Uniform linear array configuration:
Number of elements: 16
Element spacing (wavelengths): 0.5
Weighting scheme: uniform
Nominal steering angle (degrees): -60
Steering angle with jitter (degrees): -58.677
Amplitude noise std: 0.05
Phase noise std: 0.05

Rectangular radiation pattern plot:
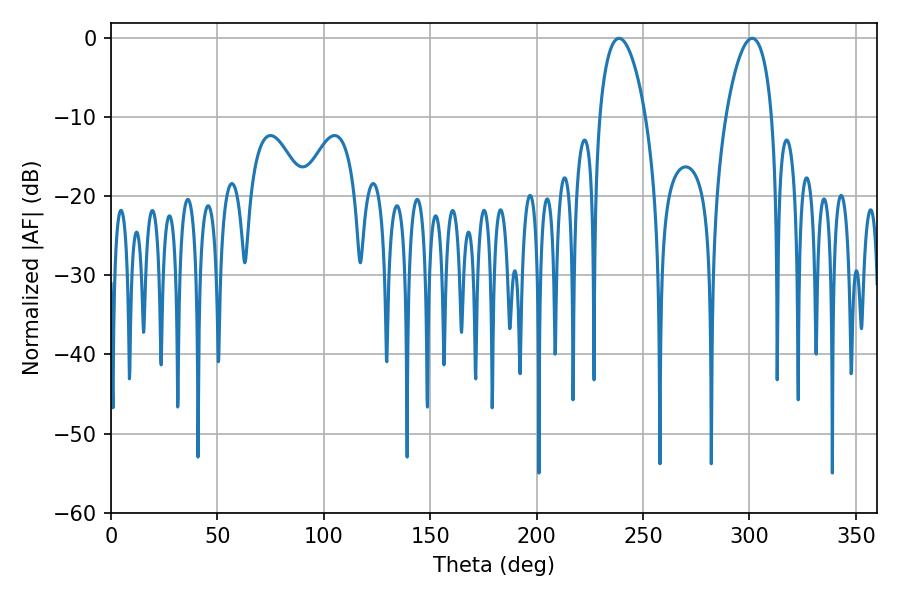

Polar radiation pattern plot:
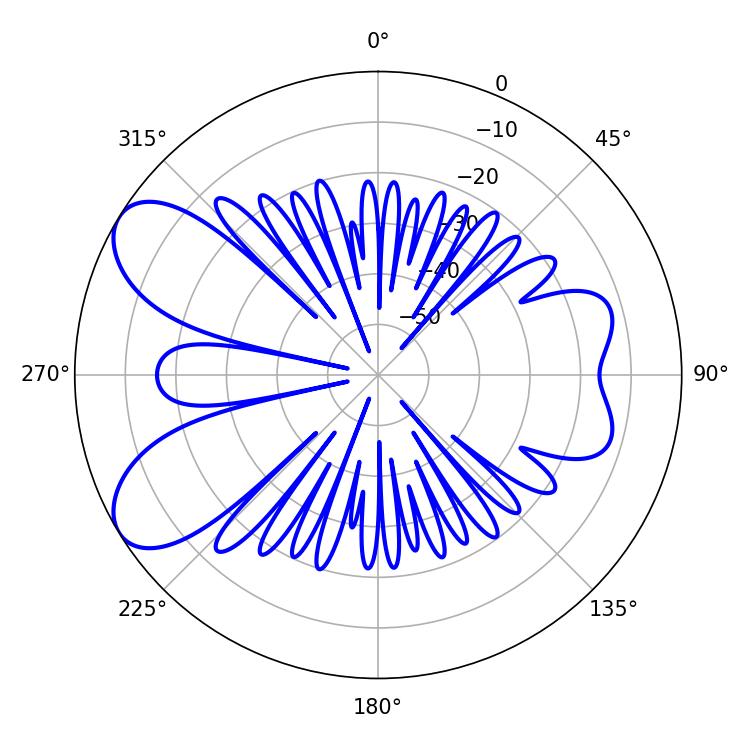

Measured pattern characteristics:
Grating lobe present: FALSE
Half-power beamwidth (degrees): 12.24
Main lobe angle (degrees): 238.68